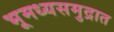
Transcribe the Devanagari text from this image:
भूमध्यसमुद्रात